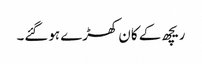
ریچھ کے کان کھڑے ہوگئے۔